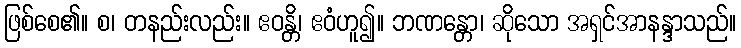
ဖြစ်စေ၏။ စ၊ တနည်းလည်း။ ဧဝန္တိ၊ ဧဝံဟူ၍။ ဘဏန္တော၊ ဆိုသော အရှင်အာနန္ဒာသည်။